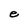
Character: e